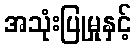
အသုံးပြုမှုနှင့်